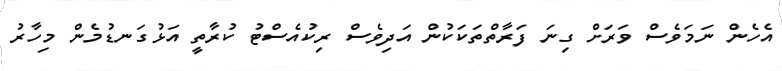
އެހެން ނަމަވެސް ވަރަށް ގިނަ ފަރާތްތަކަކުން އަދިވެސް ރިކުއެސްޓު ކުރާތީ އަޅުގަނޑުމެން މިހާރު